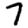
Digit: 7